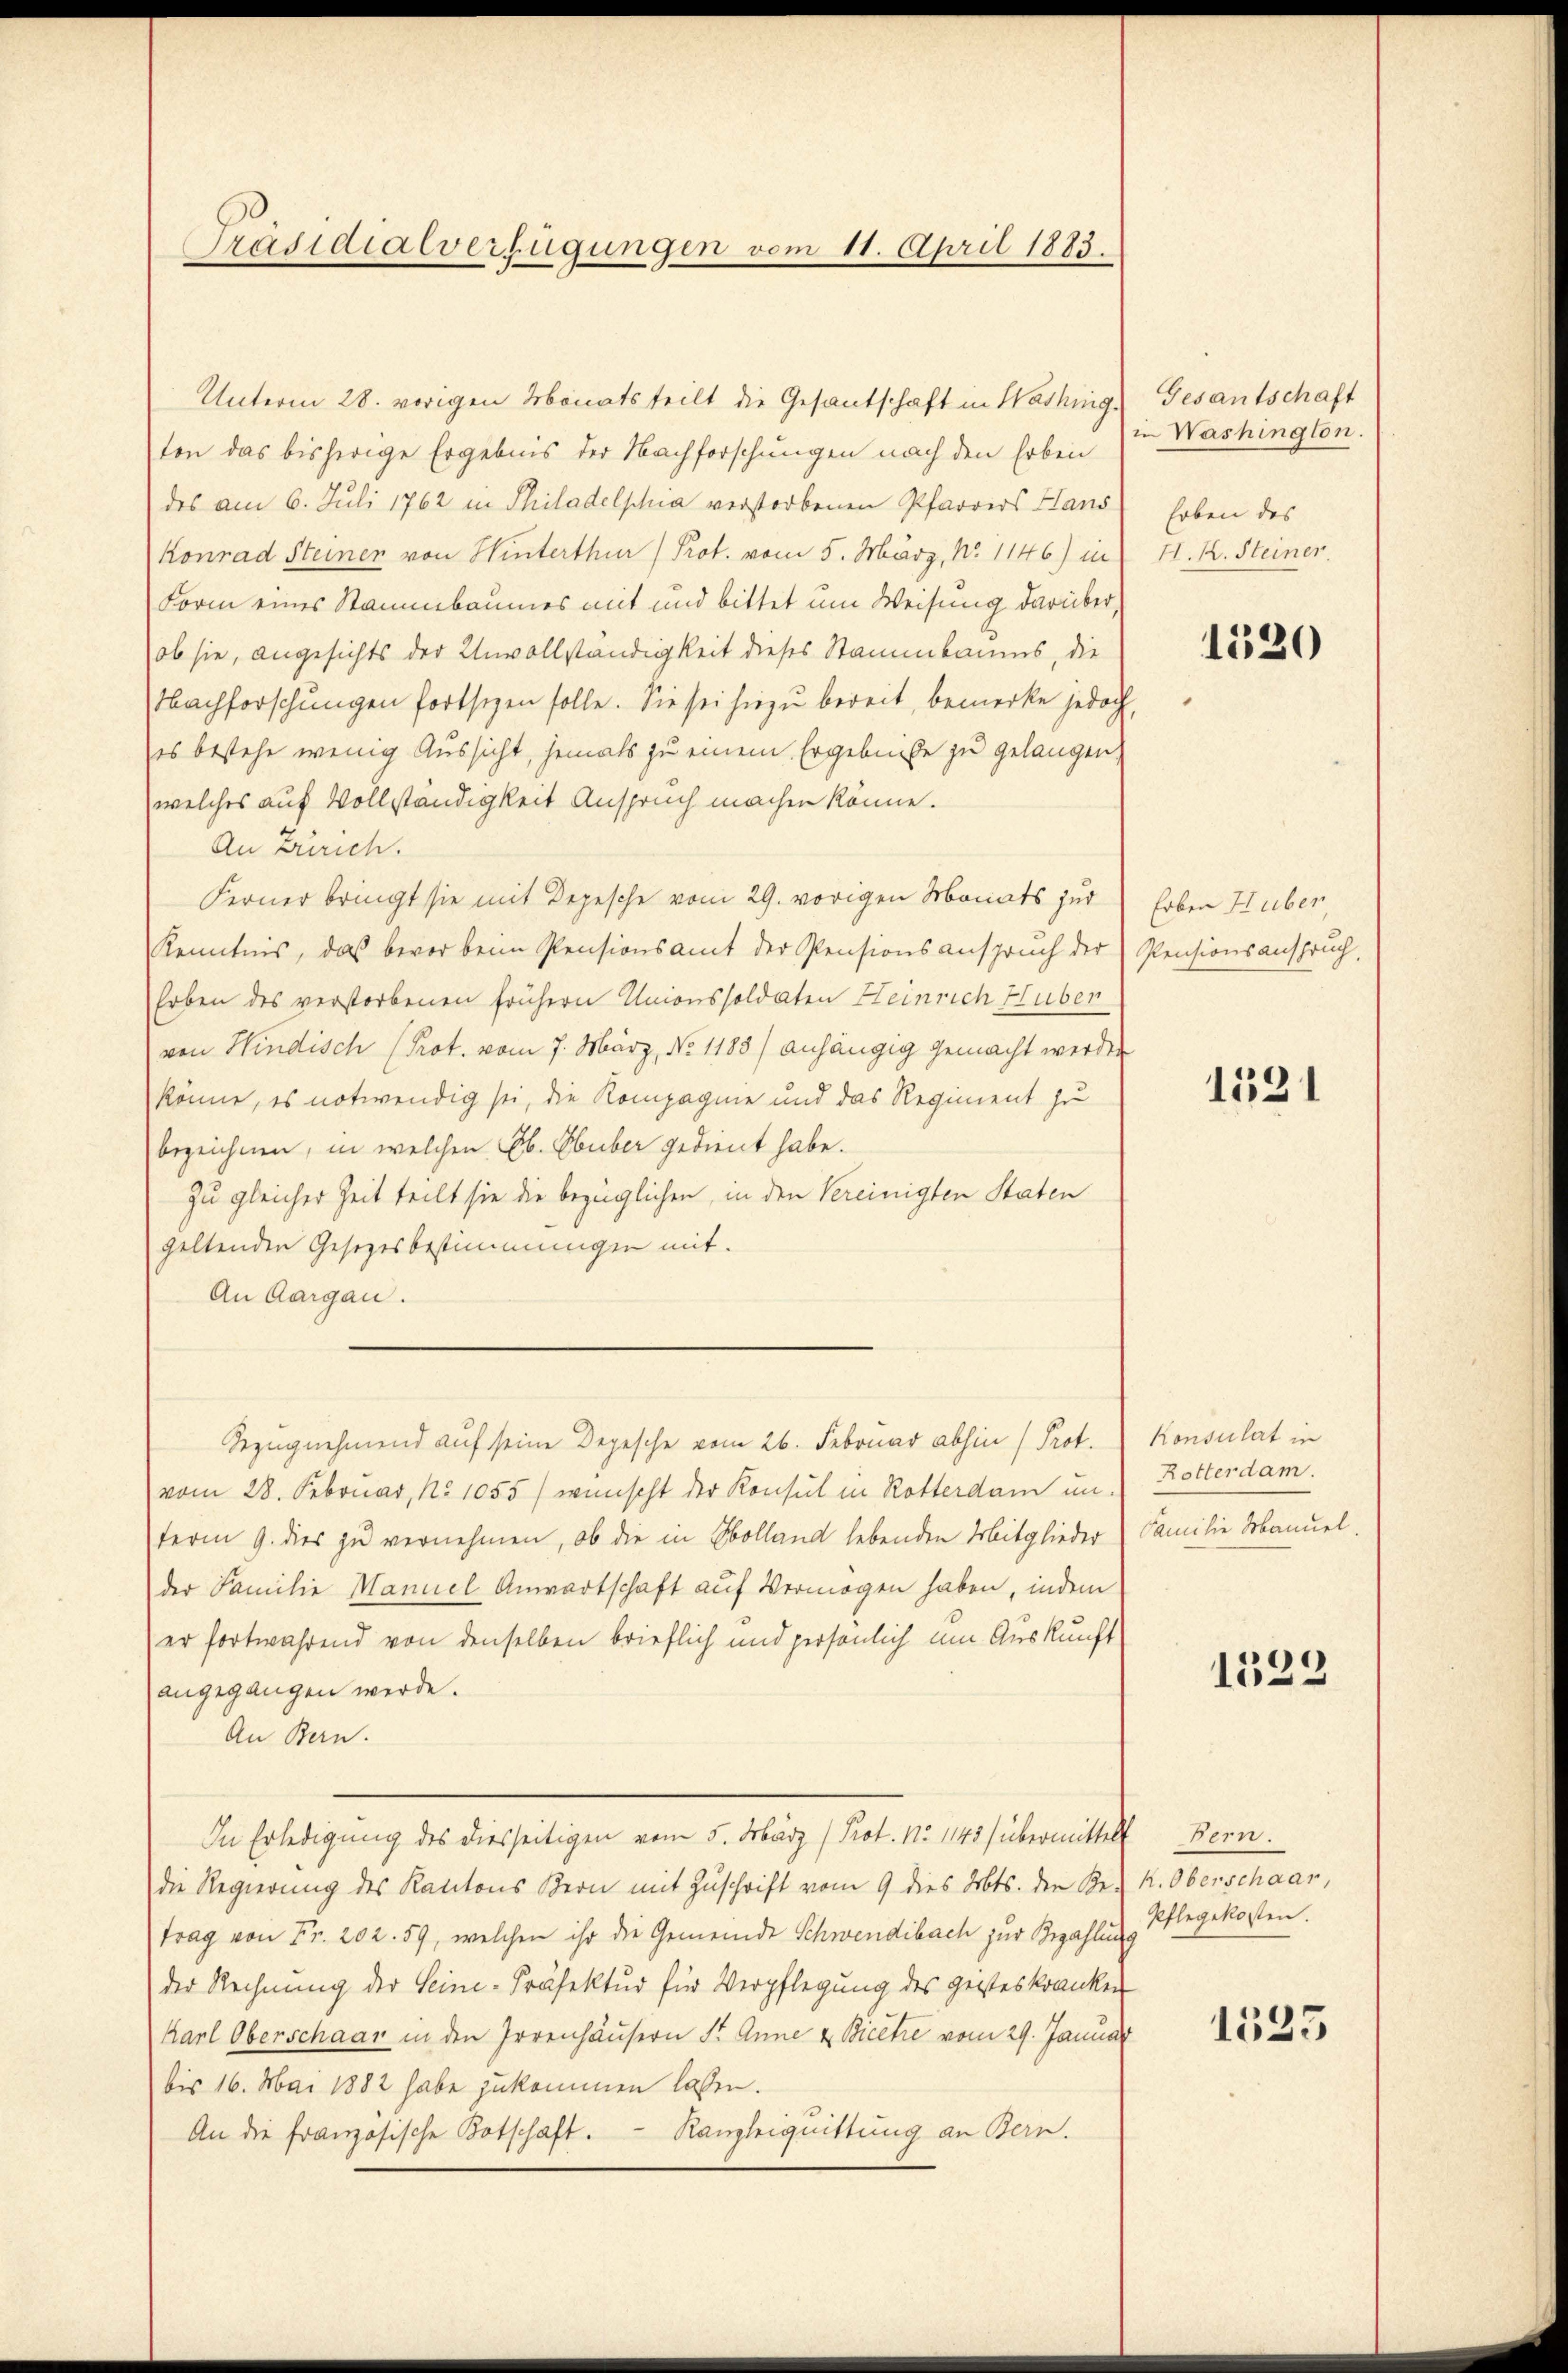
Präsidialverfügungen vom 11. April 1883.

Unterm 28. vorigen Monatsteilt die Gesantschaft in Washing
ton das bisherige Ergebnis der Nachforschungen nach den Erben ( Washington.
des am 6. Juli 1762 in Philadelphia verstorbenen Pfarrers Hans
Konrad Steinen von Hinterthur) Prot. vom 5. März, No 1146) in
Form eines Stammbaumes mit und bittet um Weisung darüber,
ob sie, angesichts der Unvollständigkeit dieses Stammbaums, die
Nachforschungen fortsezen solle. Sie sei hiezu bereit, bemerke jedoch,
es bestehe wenig Aussicht, jemals zu einem Ergebniße zu gelangen,
welches auf Vollständigkeit Anspruch machen könne.
An Zürich.
Ferner bringt sie mit Depesche vom 29. vorigen Monats zur
Kenntnis, das bevor beim Pensionsamt der Pensionsanspruch der Pensionsanspruch,
Erben des verstorbenen frühern Unionssoldaten Heinrich Huber
von Hindisch (Prot. vom 7. März, No 1188) anhängig gemacht werden
könne, es notwendig sei, die Kompagnie und das Regiment zu
bezeichnen, in welchen Bb. Ebüber gedient habe.
zu gleicher Zeit teilt sie die bezüglichen, in den Vereinigten Staten
geltenden Gesetzesbestimmungen mit.
An Aargau.
Bezugnehmend auf seine Depesche vom 26. Februar abhin (Prot.
vom 28. Februar, No 1055) wünscht der Konsul in Rotterdam un-
term 9. dies zu vernehmen, ob die in Solland lebenden Mitglieder Familie Manuel.
der Familie Manuel Anwartschaft auf Vermögen haben, indem
er fortwährend von denselben brieflich und persönlich um Auskunft
angegangen werde.
An Bern.
In Erledigung des diesseitigen vom 5. März (Prot. No 1145) übermittelt Bern.
die Regierung des Kantons Bern mit Zuschrift vom 9 dies Abts. den Bek. Oberschaar,
trag von Fr. 202. 59, welchen ihr die Gemeinde Schwendibach zur Bezahlen Pflegekosten.
der Rechnung der Seine-Präfektur für Verpflegung des geisteskranken
Karl Oberschaar in den Irrenhäusern St. Anne u. Bicehre vom 29. Januar
bis 16. Mai 1882 habe zukommen lassen.
Ranzliquittung an Bern.
An die französische Botschaft.

Gesantschaft
Erben des
H.K. Steiner

1520

Erben Huber,

1121

Konsulat in
Rotterdam.

1322

1525